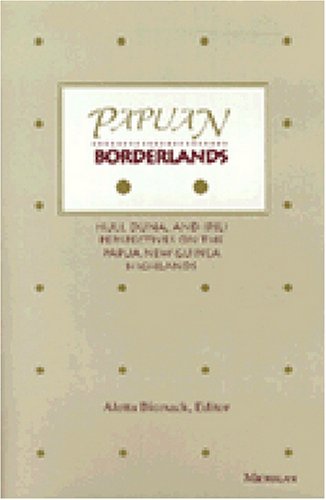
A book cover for Papuan Borderlands: Huli, Duna, and Ipili Perspectives on the Papua  New Guinea Highlands; History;